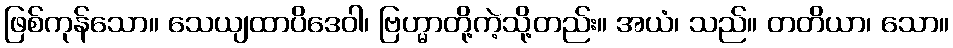
ဖြစ်ကုန်သော။ သေယျထာပိဒေဝါ၊ ဗြဟ္မာတို့ကဲ့သို့တည်း။ အယံ၊ သည်။ တတိယာ၊ သော။